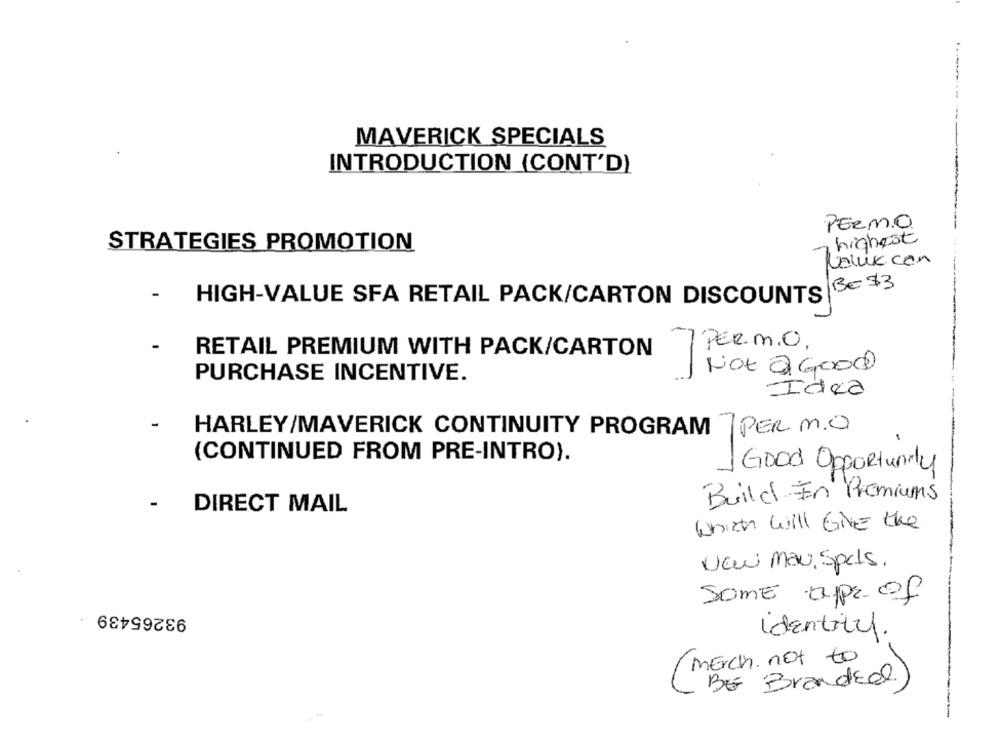
MAVERICK SPECIALS
INTRODUCTION (CONT'D)
PERMO
highest
STRATEGIES PROMOTION
Noluk.con
BE 73
HIGH-VALUE SFA RETAIL PACK/CARTON DISCOUNTS
-7 PER. M.O.
RETAIL PREMIUM WITH PACK/CARTON
Not a Good
PURCHASE INCENTIVE.
Idea
HARLEY/MAVERICK CONTINUITY PROGRAM 7 PER M.O
(CONTINUED FROM PRE-INTRO).
Good Opportunity
Build En Premiums
DIRECT MAIL
which will Give the
New mau, Spels.
SOME aprof
93265439
Identity.
merch. not to
BE BrandEal)